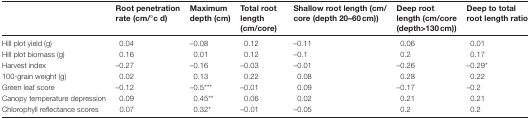
|  | Root penetration rate (cm/°c d) | Maximum depth (cm) | Total root length (cm/core) | Shallow root length (cm/ core (depth 20–60cm)) | Deep root length (cm/core (depth>130cm)) | Deep to total root length ratio |
 | --- | --- | --- | --- | --- | --- | --- |
 | Hill plot yield (g) | 0.04 | –0.08 | 0.12 | –0.11 | 0.06 | 0.01 |
 | Hill plot biomass (g) | 0.16 | 0.01 | 0.12 | –0.1 | 0.2 | 0.17 |
 | Harvest index | –0.27 | –0.16 | –0.03 | –0.01 | –0.26 | –0.29* |
 | 100-grain weight (g) | 0.02 | 0.13 | 0.22 | 0.08 | 0.28 | 0.22 |
 | Green leaf score | –0.12 | –0.5*** | –0.01 | 0.09 | –0.17 | –0.2 |
 | Canopy temperature depression | 0.09 | 0.45** | 0.06 | 0.02 | 0.21 | 0.21 |
 | Chlorophyll reflectance scores | 0.07 | 0.32* | –0.01 | –0.05 | 0.2 | 0.2 |